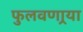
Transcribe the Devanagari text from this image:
फुलवणार्‍या